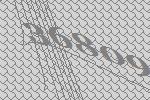
36809